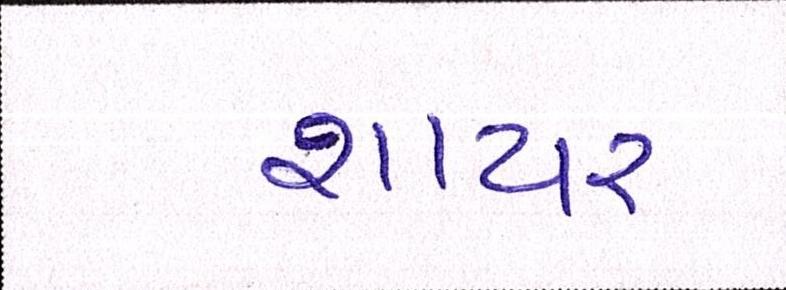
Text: શાયર